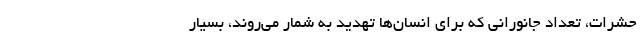
حشرات، تعداد جانورانی که برای انسان‌ها تهدید به شمار می‌روند، بسیار